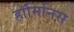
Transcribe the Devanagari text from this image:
हॉमिनिस